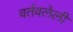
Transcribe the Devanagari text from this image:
वर्तवलेली